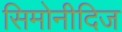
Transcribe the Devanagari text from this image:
सिमोनीदिज